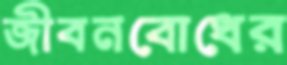
জীবনবোধের